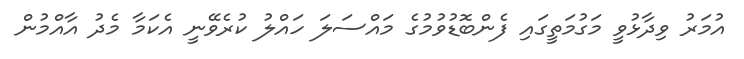
އުމަރު ވިދާޅުވީ މަގުމަތީގައި ފެންބޮޑުވުމުގެ މައްސަލަ ހައްލު ކުރެވޭނީ އެކަމާ މެދު އާއްމުން